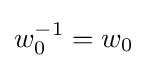
w_{0}^{-1}=w_{0}